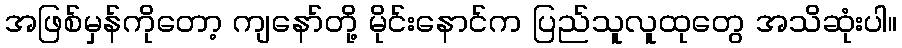
အဖြစ်မှန်ကိုတော့ ကျနော်တို့ မိုင်းနောင်က ပြည်သူလူထုတွေ အသိဆုံးပါ။